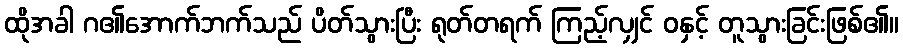
ထိုအခါ ဂ၏အောက်ဘက်သည် ပိတ်သွားပြီး ရုတ်တရက် ကြည့်လျှင် ဝနှင့် တူသွားခြင်းဖြစ်၏။